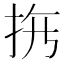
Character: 𱟳